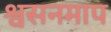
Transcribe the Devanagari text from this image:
श्वसनमाप